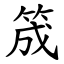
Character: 筬